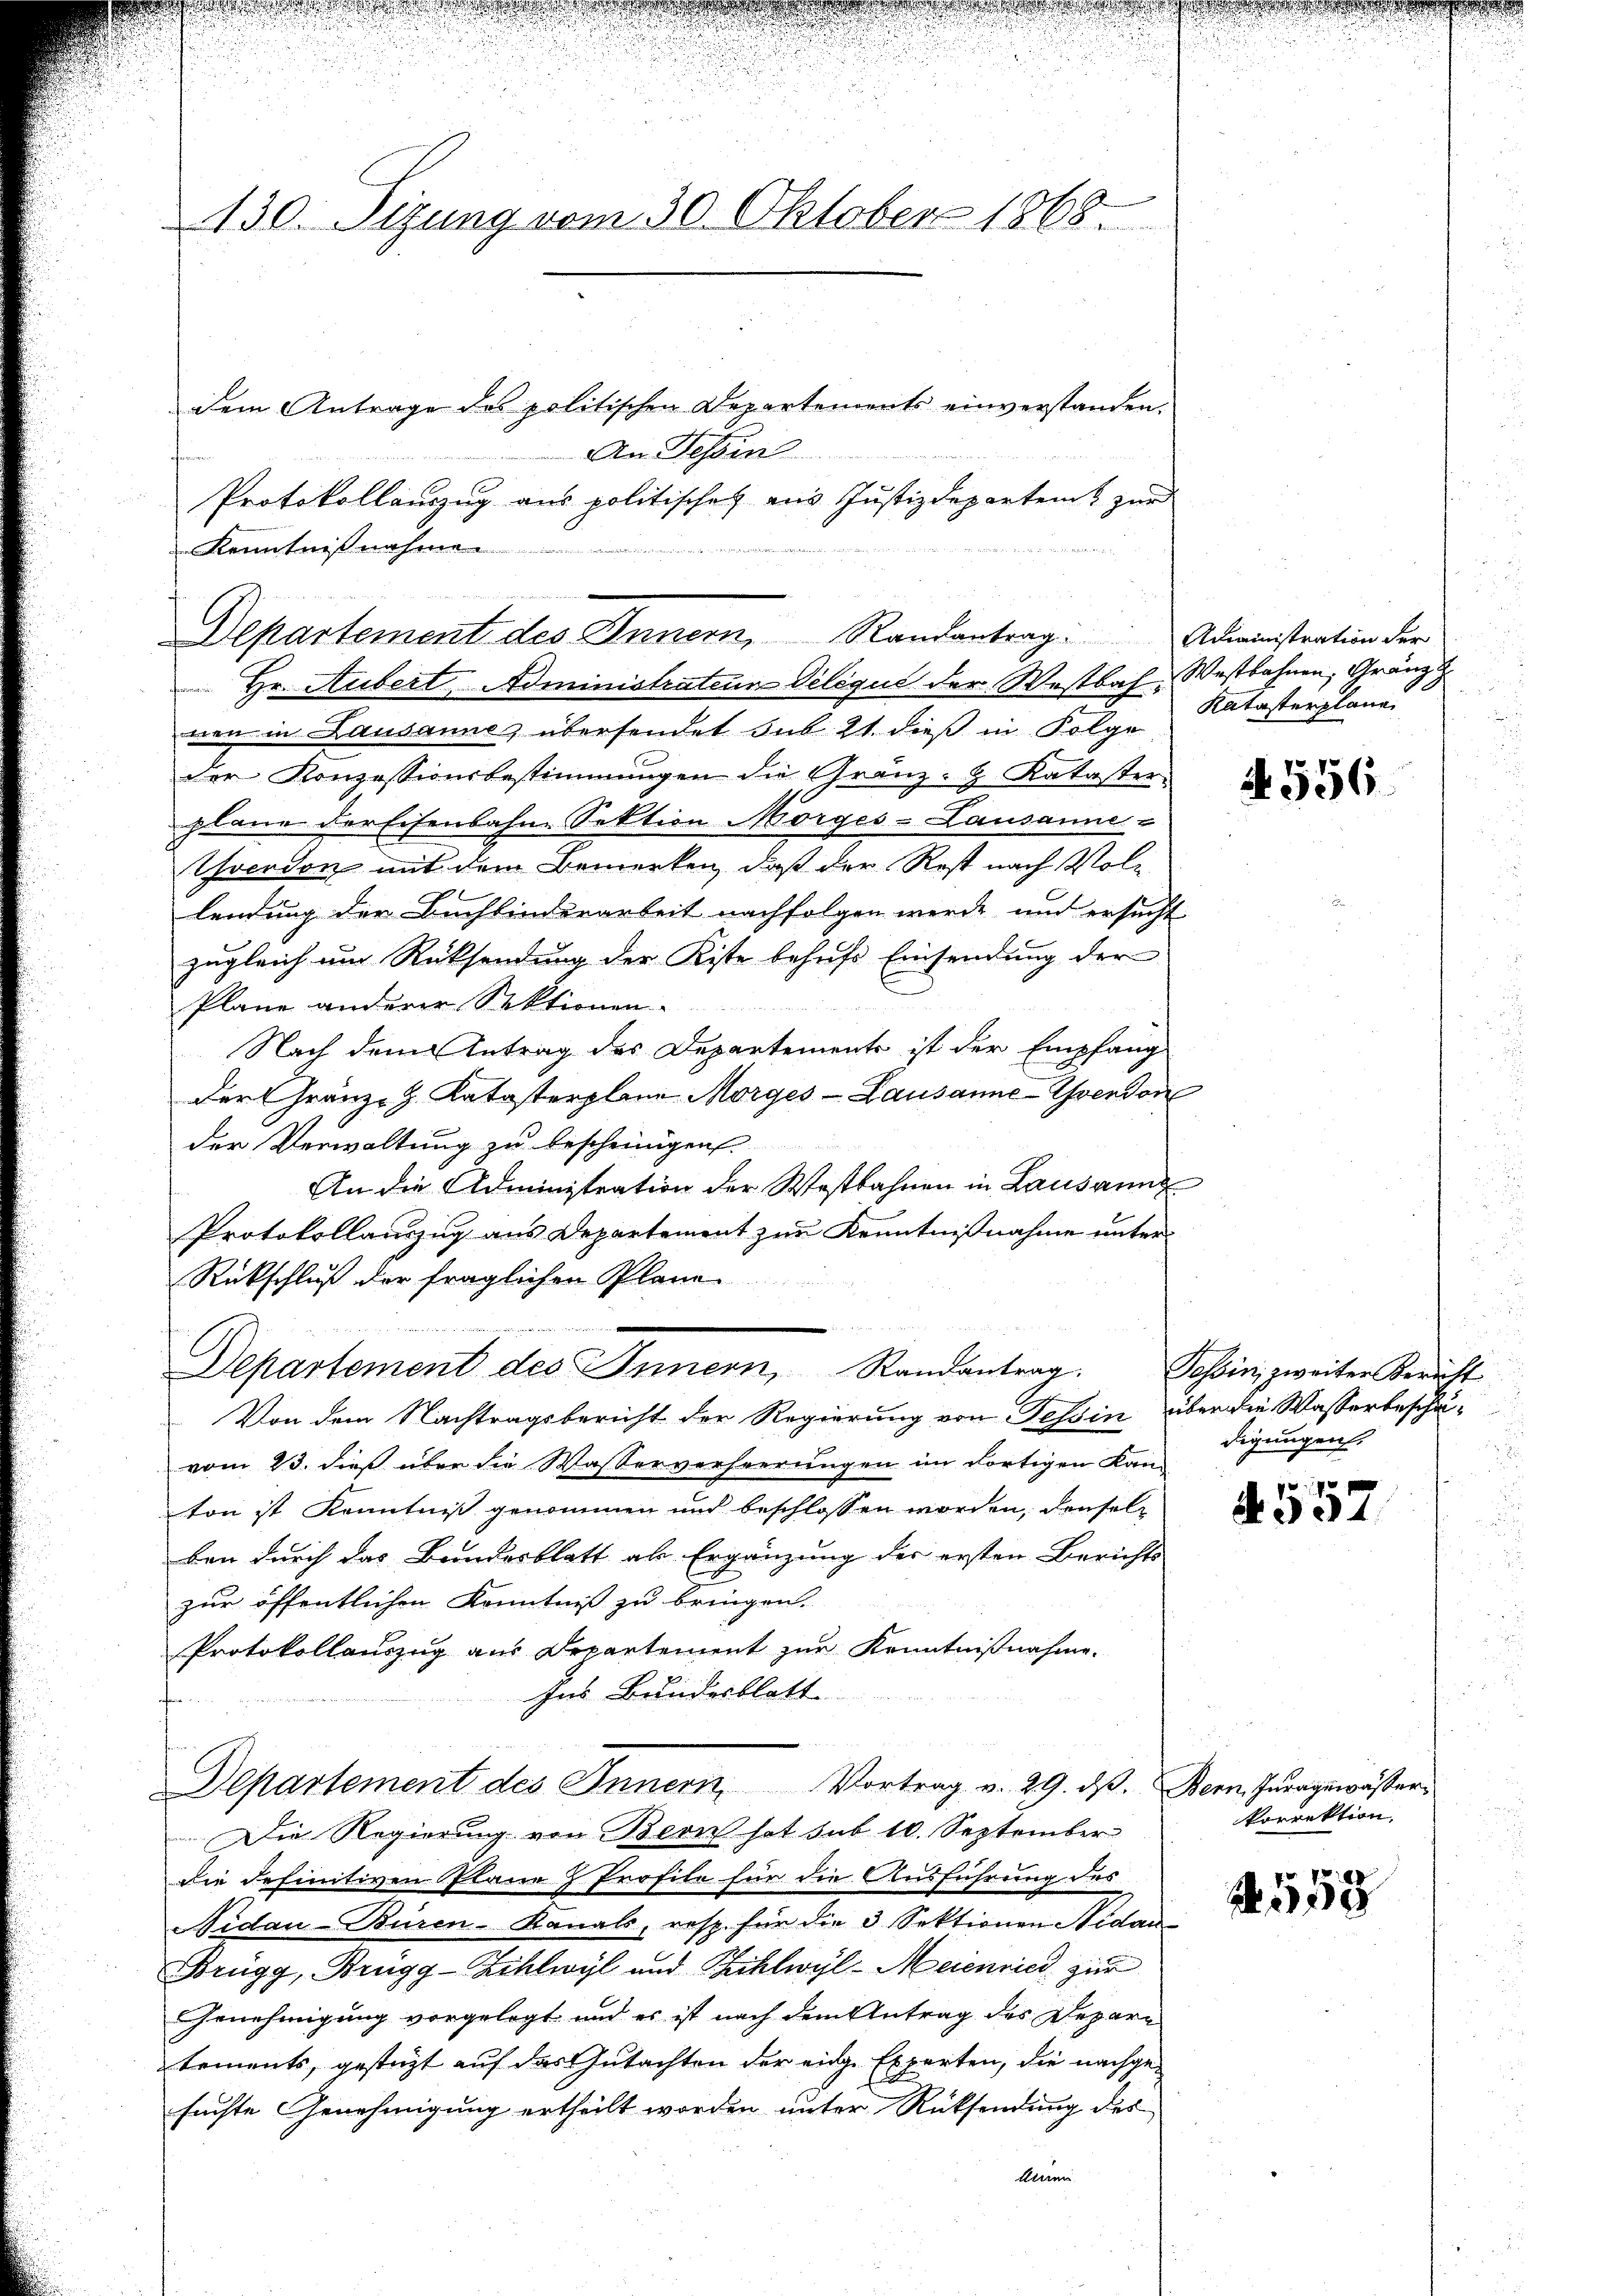
.

130. Sizung vom 30. Oktober 1868.

dem Antrage des politischen Departendents einverstanden.
An Tessin
Protokollauszug aus politischen aus Justizdepartem zur
 Hr. Aubert Administrateur Delique der Westbahn, Westbahnen, Gränz
nen in Lausanne, übersendet sub. 21. dieß in Folge
der Konzessionsbestimmungen die Granz- & Kataster-
plane der Eisenbahne Sektion Morges-Lausanne -
Yverdon mit dem Bemerken, daß der Rost nach Vollendung der Buchbinderarbeit nachfolgen werde und ersucht
zugleich um Rücksendung der Kiste behufs Einsendung der
Plane anderer Sektionen-
Nach dem Antrag des Departements ist der Empfang
der Gränze. Katasterplane Morges - Lausanne-Werdon
der Verwaltung zu bescheinigen
An die Administration der Westbahnen in Lausann
Protokollauszug aus Departement zur Kenntnißnahme unter
Rückschluß der fraglichen Plane
Departement des Innern, Randantrag.
Von dem Nachtragsbericht der Regierung von Tessin über die Wasserbeschävom 23. dieß über die Wasserverheerungen im dortigen Kanton ist Kenntniß genommen und beschlossen worden, denselben durch das Bundesblatt als Ergänzung der ersten Berichts
zur öffentlichen Kenntniß zu bringen.
Protokollauszug aus Departement zur Kenntnißnahme.
Ins Bundesblatt
Departement des Innern Vortrag v. 29. ds. Der Juragewässer¬
Die Regierung von Bern hat sub 10. September
die definitiven Plane & Profile für die Ausführung des
Sidau-Buren Kanals, resp. für die 3 Sektionen Nidau
Brügg, Brügg-Zihlwyl und Zihlwyl-Meienried zur
Genehmigung vorgelegt und es ist nach dem Antrag des Depar
tements, gestüzt auf das Gutachten der eine Experten, die nachge¬
.
suchte Genehmigung ertheilt worden unter Rücksendung des
Maien

Kenntnißnahmen

E
Departement des Innern, Randantrag. Administration der

Katasterplane

N 556

Possin, zweiter Bericht
digungen.
.

g
. 357

korrektion.

558